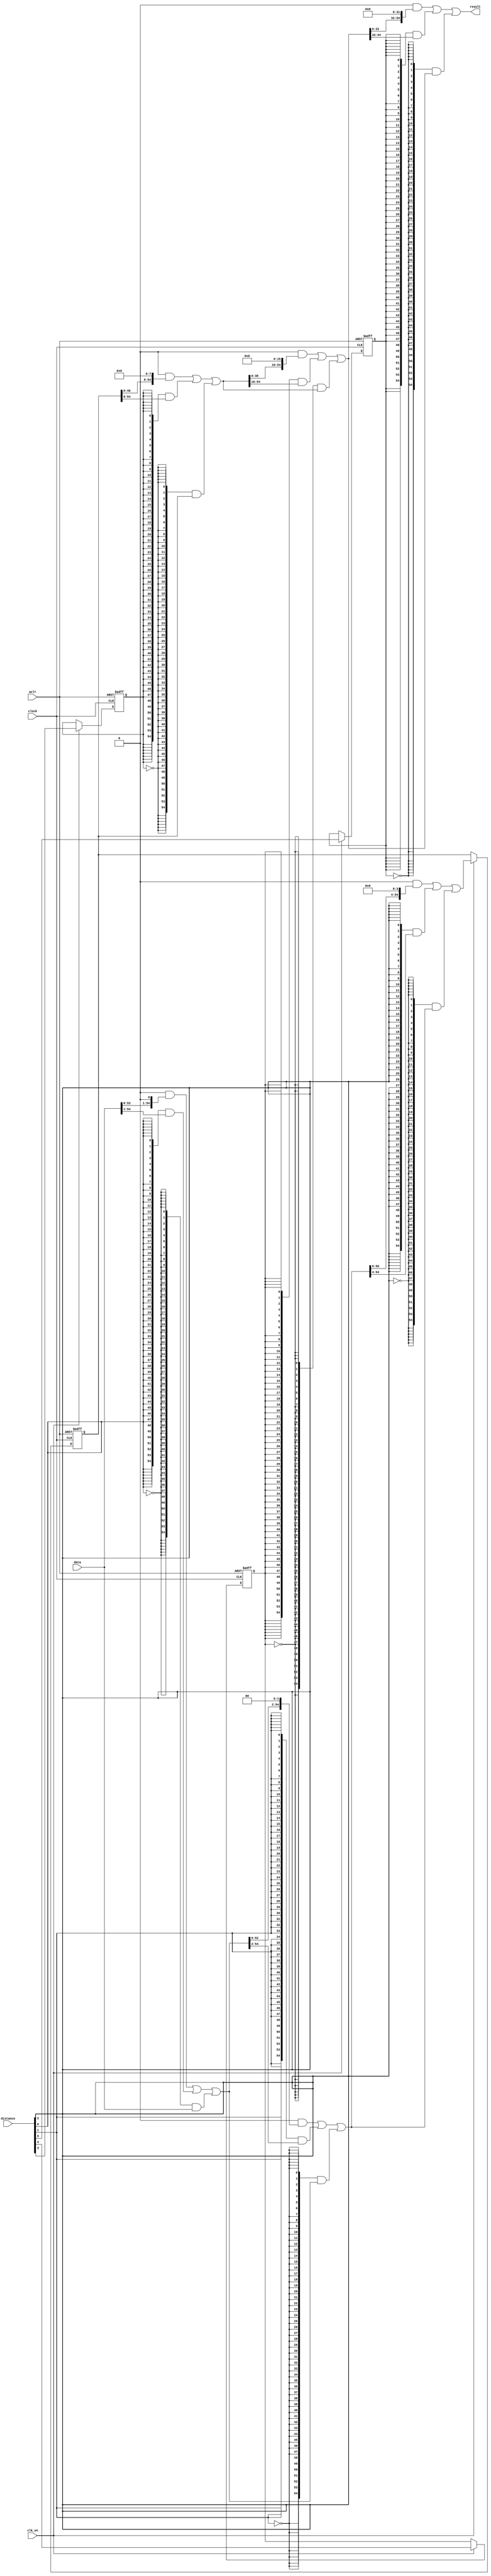
module  fp_add_v1_altbarrel_shift_58g
	(
	aclr,
	clk_en,
	clock,
	data,
	distance,
	result) ;
	input   aclr;
	input   clk_en;
	input   clock;
	input   [54:0]  data;
	input   [5:0]  distance;
	output   [54:0]  result;
	reg	[54:0]	pipe_wl1c;
	reg	sel_pipel3d1c;
	reg	sel_pipel4d1c;
	reg	sel_pipel5d1c;
	wire  direction_w;
	wire  [31:0]  pad_w;
	wire  [384:0]  sbit_w;
	wire  [5:0]  sel_w;
	// synopsys translate_off
	initial
		pipe_wl1c = 0;
	// synopsys translate_on
	always @ ( posedge clock or  posedge aclr)
		if (aclr == 1'b1) pipe_wl1c <= 55'b0;
		else if  (clk_en == 1'b1)   pipe_wl1c <= ((({55{(sel_w[2] & (~ direction_w))}} & {sbit_w[160:110], pad_w[3:0]}) | ({55{(sel_w[2] & direction_w)}} & {pad_w[3:0], sbit_w[164:114]})) | ({55{(~ sel_w[2])}} & sbit_w[164:110]));
	// synopsys translate_off
	initial
		sel_pipel3d1c = 0;
	// synopsys translate_on
	always @ ( posedge clock or  posedge aclr)
		if (aclr == 1'b1) sel_pipel3d1c <= 1'b0;
		else if  (clk_en == 1'b1)   sel_pipel3d1c <= distance[3];
	// synopsys translate_off
	initial
		sel_pipel4d1c = 0;
	// synopsys translate_on
	always @ ( posedge clock or  posedge aclr)
		if (aclr == 1'b1) sel_pipel4d1c <= 1'b0;
		else if  (clk_en == 1'b1)   sel_pipel4d1c <= distance[4];
	// synopsys translate_off
	initial
		sel_pipel5d1c = 0;
	// synopsys translate_on
	always @ ( posedge clock or  posedge aclr)
		if (aclr == 1'b1) sel_pipel5d1c <= 1'b0;
		else if  (clk_en == 1'b1)   sel_pipel5d1c <= distance[5];
	assign
		direction_w = 1'b1,
		pad_w = {32{1'b0}},
		result = sbit_w[384:330],
		sbit_w = {((({55{(sel_w[5] & (~ direction_w))}} & {sbit_w[297:275], pad_w[31:0]}) | ({55{(sel_w[5] & direction_w)}} & {pad_w[31:0], sbit_w[329:307]})) | ({55{(~ sel_w[5])}} & sbit_w[329:275])), ((({55{(sel_w[4] & (~ direction_w))}} & {sbit_w[258:220], pad_w[15:0]}) | ({55{(sel_w[4] & direction_w)}} & {pad_w[15:0], sbit_w[274:236]})) | ({55{(~ sel_w[4])}} & sbit_w[274:220])), ((({55{(sel_w[3] & (~ direction_w))}} & {sbit_w[211:165], pad_w[7:0]}) | ({55{(sel_w[3] & direction_w)}} & {pad_w[7:0], sbit_w[219:173]})) | ({55{(~ sel_w[3])}} & sbit_w[219:165])), pipe_wl1c, ((({55{(sel_w[1] & (~ direction_w))}} & {sbit_w[107:55], pad_w[1:0]}) | ({55{(sel_w[1] & direction_w)}} & {pad_w[1:0], sbit_w[109:57]})) | ({55{(~ sel_w[1])}} & sbit_w[109:55])), ((({55{(sel_w[0] & (~ direction_w))}} & {sbit_w[53:0], pad_w[0]}) | ({55{(sel_w[0] & direction_w)}} & {pad_w[0], sbit_w[54:1]})) | ({55{(~ sel_w[0])}} & sbit_w[54:0])), data},
		sel_w = {sel_pipel5d1c, sel_pipel4d1c, sel_pipel3d1c, distance[2:0]};
endmodule